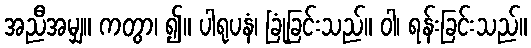
အညီအမျှ။ ကတွာ၊ ၍။ ပါရုပနံ၊ ခြုံခြင်းသည်။ ဝါ၊ ရန်းခြင်းသည်။